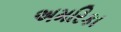
અમરિકા